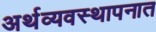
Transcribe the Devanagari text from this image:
अर्थव्यवस्थापनात